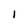
Character: I